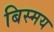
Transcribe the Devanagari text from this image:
बिस्मय